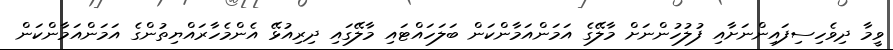
ވީމާ ދިވެހިސިފައިންނަށާއި ފުލުހުންނަށް މާލޭގެ އަމަންއަމާންކަން ބަލަހައްޓައި މާލޭގައި ދިރިއުޅޭ އެންމެހާރައްޔިތުންގެ އަމަންއަމާންކަން